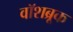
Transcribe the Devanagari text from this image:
वॉशब्रूक